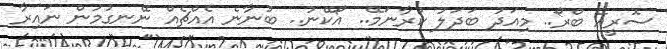
ސޮރީއޭ ބްރޯ.. މިއަދު ބަދަލު ކުރާނަމޭ.. އޯކޭނު.. ބުނާނެ އެއްޗެއް ނޭނގުމުން ނައިރާ